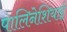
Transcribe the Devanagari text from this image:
पालिनेशियाई